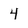
Character: 4